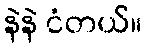
နဲနဲ ငံတယ်။